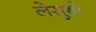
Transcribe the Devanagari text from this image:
लेसूथो